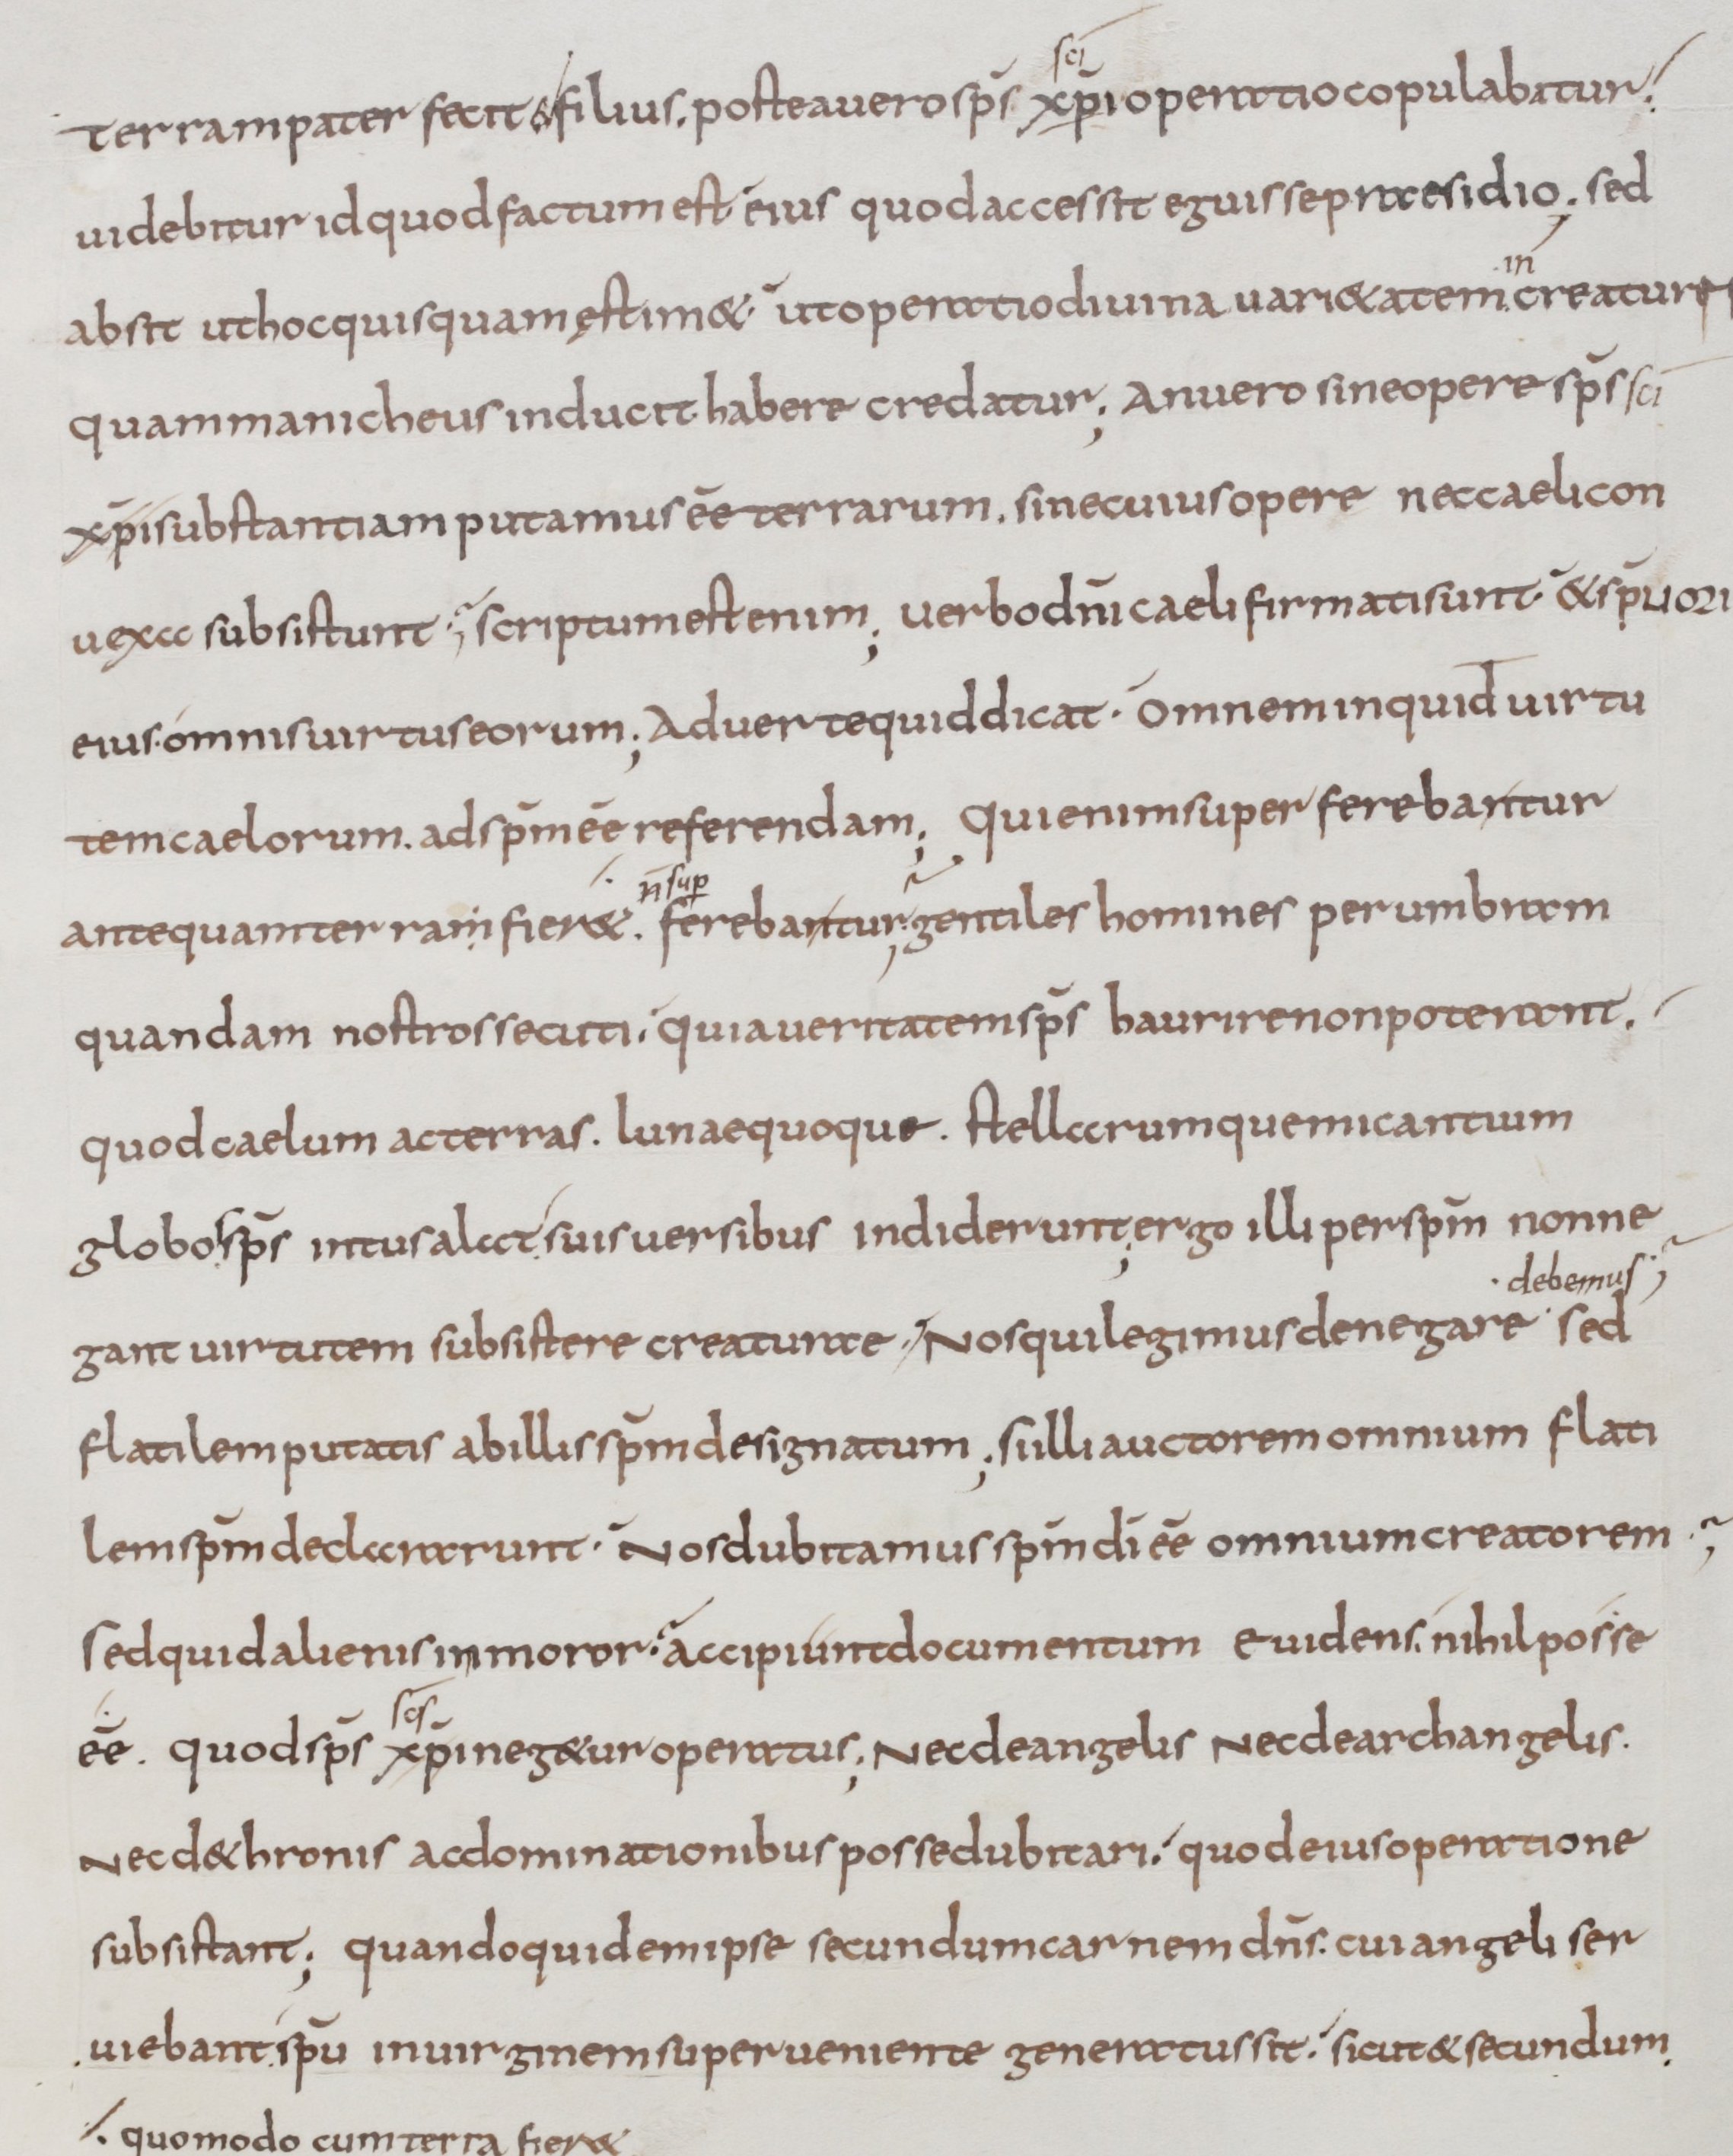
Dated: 800–899